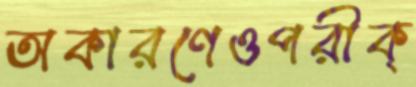
অকারণেওপরীক্